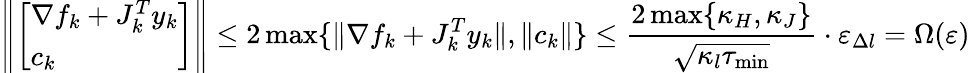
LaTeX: \left\| \left[\begin{array}{l}{\nabla f_{k}+J_{k}^{T}y_{k}}\\ {c_{k}}\end{array}\right]\right\| \leq 2\operatorname*{max}\{ \| \nabla f_{k}+J_{k}^{T}y_{k}\| ,\| c_{k}\| \} \leq\frac{2\operatorname*{max}\{ \kappa_{H},\kappa_{J}\} }{\sqrt{\kappa_{l}\tau_{\operatorname*{min}}}}\cdot\varepsilon_{\Delta l}=\Omega(\varepsilon)